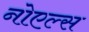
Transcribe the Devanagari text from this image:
नोएल्स